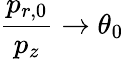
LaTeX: \displaystyle{\frac{p_{r,0}}{p_{z}}\rightarrow\theta_{0}}